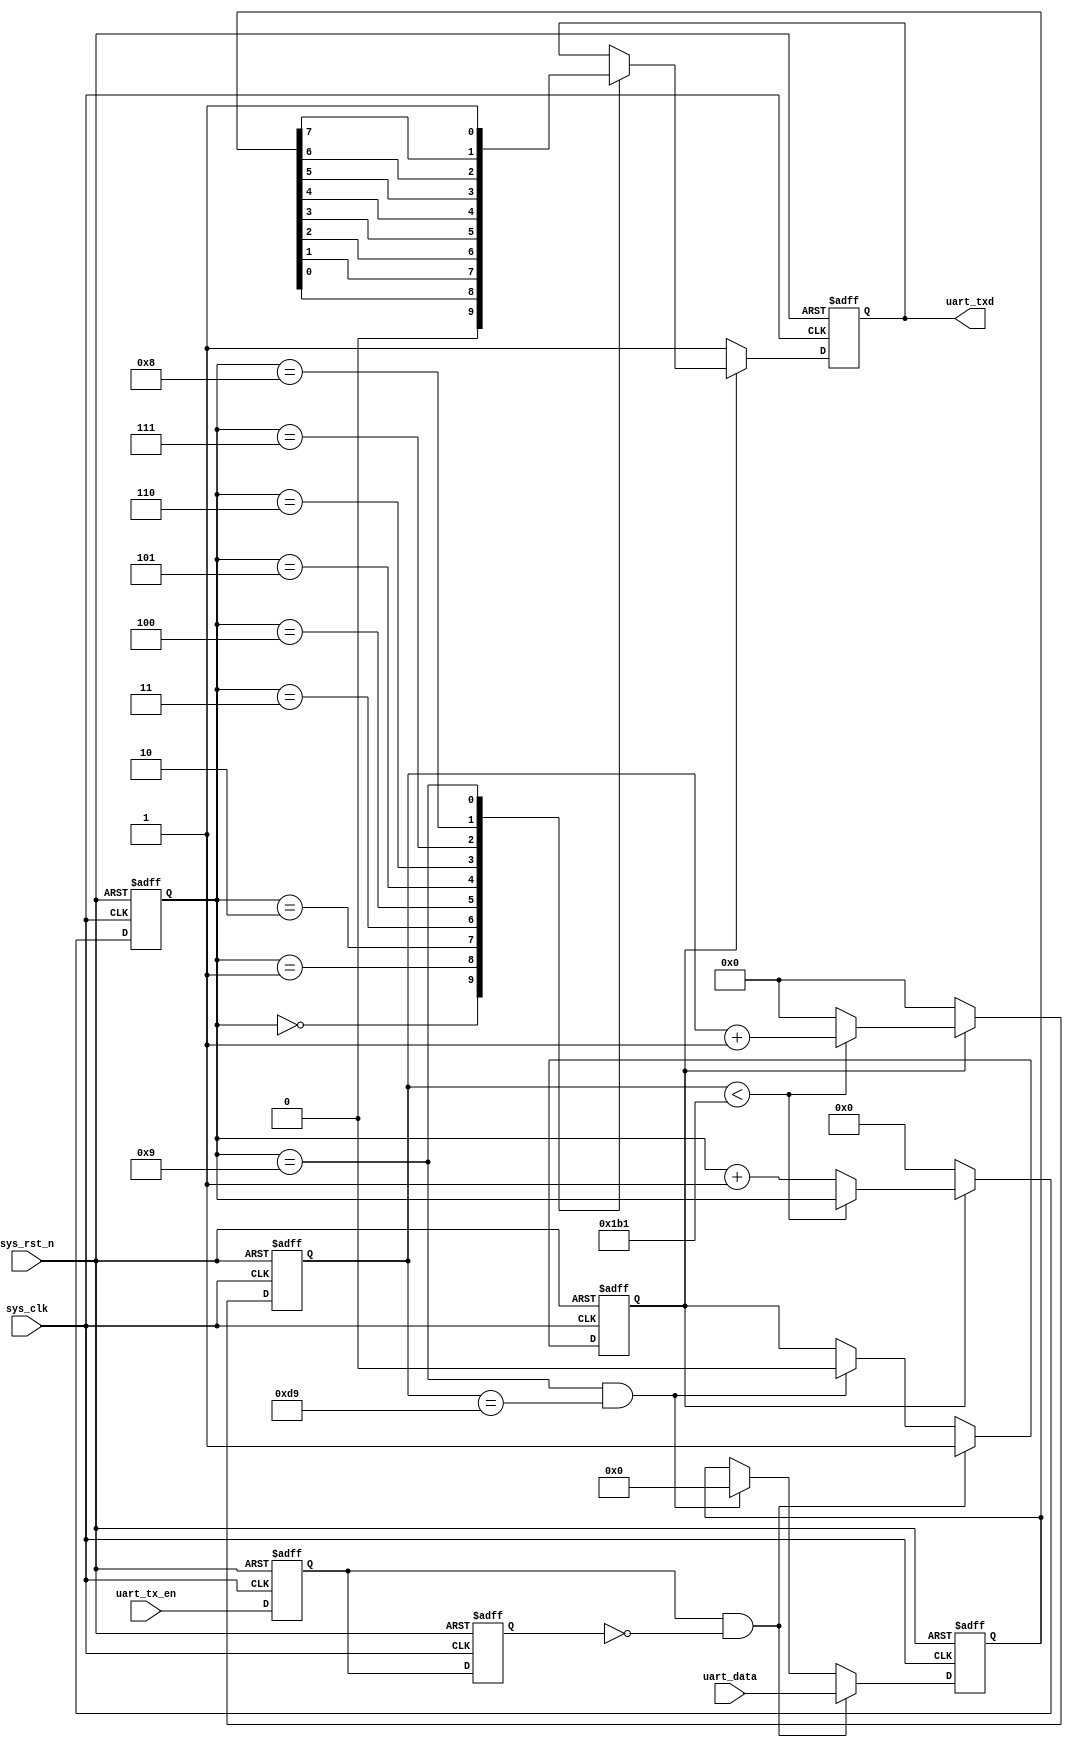


module uart_tx(
	input 			sys_clk,	//50M
	input 			sys_rst_n,	//
	input	[7:0] 	uart_data,	//8
	input			uart_tx_en,	//
	output reg 		uart_txd	//
 
);
 
parameter 	SYS_CLK_FRE=50_000_000;    //50M 
parameter 	BPS=115200;                 //9600bps
localparam	BPS_CNT=SYS_CLK_FRE/BPS;   //
 
reg	uart_tx_en_d0;			//1
reg uart_tx_en_d1;			//2
reg tx_flag;				//
reg [7:0]  uart_data_reg;	//
reg [15:0] clk_cnt;			//
reg [3:0]  tx_cnt;			//
 
wire pos_uart_en_txd;		//
//
assign pos_uart_en_txd= uart_tx_en_d0 && (~uart_tx_en_d1);
 
always @(posedge sys_clk or negedge sys_rst_n)begin
	if(!sys_rst_n)begin
		uart_tx_en_d0<=1'b0;
		uart_tx_en_d1<=1'b0;		
	end
	else begin
		uart_tx_en_d0<=uart_tx_en;
		uart_tx_en_d1<=uart_tx_en_d0;
	end	
end
//9
always @(posedge sys_clk or negedge sys_rst_n)begin
	if(!sys_rst_n)begin
		tx_flag<=1'b0;
		uart_data_reg<=8'd0;
	end
	else if(pos_uart_en_txd)begin
		uart_data_reg<=uart_data;
		tx_flag<=1'b1;
	end
	else if((tx_cnt==4'd9) && (clk_cnt==BPS_CNT/2))begin//9
		tx_flag<=1'b0;
		uart_data_reg<=8'd0;
	end
	else begin
		uart_data_reg<=uart_data_reg;
		tx_flag<=tx_flag;	
	end
end
//BPS_CNT1
always @(posedge sys_clk or negedge sys_rst_n)begin
	if(!sys_rst_n)begin
		clk_cnt<=16'd0;
		tx_cnt <=4'd0;
	end
	else if(tx_flag) begin
		if(clk_cnt<BPS_CNT-1)begin
			clk_cnt<=clk_cnt+1'b1;
			tx_cnt <=tx_cnt;
		end
		else begin
			clk_cnt<=16'd0;
			tx_cnt <=tx_cnt+1'b1;
		end
	end
	else begin
		clk_cnt<=16'd0;
		tx_cnt<=4'd0;
	end
end
//
always @(posedge sys_clk or negedge sys_rst_n)begin
	if(!sys_rst_n)
		uart_txd<=1'b1;
	else if(tx_flag)
		case(tx_cnt)
			4'd0:	uart_txd<=1'b0;
			4'd1:	uart_txd<=uart_data_reg[0];
			4'd2:	uart_txd<=uart_data_reg[1];
			4'd3:	uart_txd<=uart_data_reg[2];
			4'd4:	uart_txd<=uart_data_reg[3];
			4'd5:	uart_txd<=uart_data_reg[4];
			4'd6:	uart_txd<=uart_data_reg[5];
			4'd7:	uart_txd<=uart_data_reg[6];
			4'd8:	uart_txd<=uart_data_reg[7];
			4'd9:	uart_txd<=1'b1;
			default:;
		endcase
	else 	
		uart_txd<=1'b1;
end
endmodule




module uart_rx(
	input 			sys_clk,			//50M
	input 			sys_rst_n,			//
	input 			uart_rxd,			//
	output reg 		uart_rx_done,		//
	output reg [7:0]uart_rx_data		//
);
//
parameter	BPS=115200;					//9600bps
parameter	SYS_CLK_FRE=50_000_000;		//50M
localparam	BPS_CNT=SYS_CLK_FRE/BPS;	//
 
reg 			uart_rx_d0;		//1
reg 			uart_rx_d1;		//2
reg [15:0]		clk_cnt;				//
reg [3:0]		rx_cnt;					//
reg 			rx_flag;				//
reg [7:0]		uart_rx_data_reg;		//
	
wire 			neg_uart_rx_data;		//
 
assign	neg_uart_rx_data=uart_rx_d1 & (~uart_rx_d0);  //
//12
always@(posedge sys_clk or negedge sys_rst_n)begin
	if(!sys_rst_n)begin
		uart_rx_d0<=1'b0;
		uart_rx_d1<=1'b0;
	end
	else begin
		uart_rx_d0<=uart_rxd;
		uart_rx_d1<=uart_rx_d0;
	end		
end
//09
always@(posedge sys_clk or negedge sys_rst_n)begin
	if(!sys_rst_n)
		rx_flag<=1'b0;
	else begin 
		if(neg_uart_rx_data)
			rx_flag<=1'b1;
		else if((rx_cnt==4'd9)&&(clk_cnt==BPS_CNT/2))//9
			rx_flag<=1'b0;
		else 
			rx_flag<=rx_flag;			
	end
end
//BPS_CNT1
always@(posedge sys_clk or negedge sys_rst_n)begin
	if(!sys_rst_n)begin
		rx_cnt<=4'd0;
		clk_cnt<=16'd0;
	end
	else if(rx_flag)begin
		if(clk_cnt<BPS_CNT-1'b1)begin
			clk_cnt<=clk_cnt+1'b1;
			rx_cnt<=rx_cnt;
		end
		else begin
			clk_cnt<=16'd0;
			rx_cnt<=rx_cnt+1'b1;
		end
	end
	else begin
		rx_cnt<=4'd0;
		clk_cnt<=16'd0;
	end		
end
//
always@(posedge sys_clk or negedge sys_rst_n)begin
	if(!sys_rst_n)
		uart_rx_data_reg<=8'd0;
	else if(rx_flag)
		if(clk_cnt==BPS_CNT/2) begin
			case(rx_cnt)			
				4'd1:uart_rx_data_reg[0]<=uart_rxd;
				4'd2:uart_rx_data_reg[1]<=uart_rxd;
				4'd3:uart_rx_data_reg[2]<=uart_rxd;
				4'd4:uart_rx_data_reg[3]<=uart_rxd;
				4'd5:uart_rx_data_reg[4]<=uart_rxd;
				4'd6:uart_rx_data_reg[5]<=uart_rxd;
				4'd7:uart_rx_data_reg[6]<=uart_rxd;
				4'd8:uart_rx_data_reg[7]<=uart_rxd;
				default:;
			endcase
		end
		else
			uart_rx_data_reg<=uart_rx_data_reg;
	else
		uart_rx_data_reg<=8'd0;
end	
//
always@(posedge sys_clk or negedge sys_rst_n)begin
	if(!sys_rst_n)begin
		uart_rx_done<=1'b0;
		uart_rx_data<=8'd0;
	end	
	else if(rx_cnt==4'd9)begin
		uart_rx_done<=1'b1;
		uart_rx_data<=uart_rx_data_reg;
	end		
	else begin
		uart_rx_done<=1'b0;
		uart_rx_data<=8'd0;
	end
end
endmodule